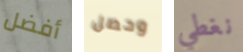
أفضل وحصل نغطي